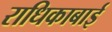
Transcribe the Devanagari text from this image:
राधिकाबाई